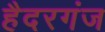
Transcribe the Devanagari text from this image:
हैदरगंज